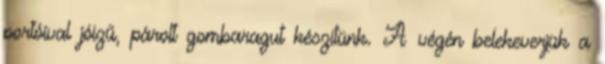
portóival jóízű, párolt gombaragut készítünk. A végén belekeverjük a